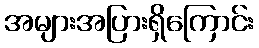
အများအပြားရှိကြောင်း